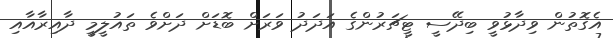
އެގޮތުން ވިދާޅުވީ ބިދޭސީ ޓީޗަރުންގެ އަދަދު ވަރަށް ބޮޑަށް ދަށްވެ ތައުލީމީ ދާއިރާއާއި